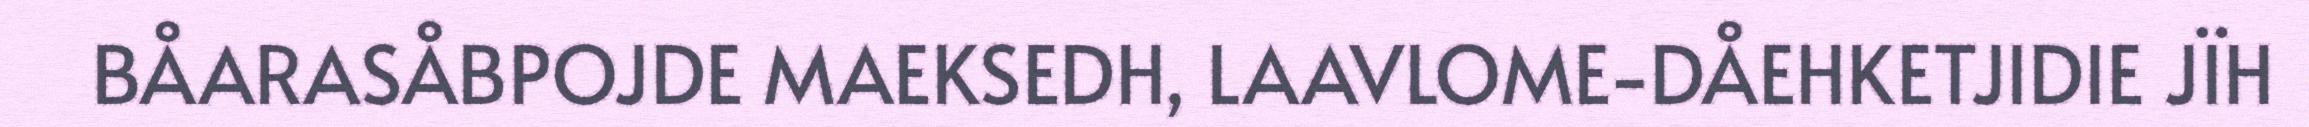
BÅARASÅBPOJDE MAEKSEDH, LAAVLOME-DÅEHKETJIDIE JÏH